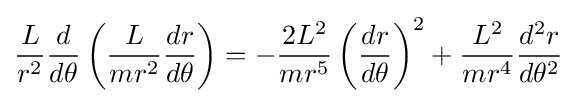
{\frac {L}{r^{2}}}{\frac {d}{d\theta }}\left({\frac {L}{mr^{2}}}{\frac {dr}{d\theta }}\right)=-{\frac {2L^{2}}{mr^{5}}}\left({\frac {dr}{d\theta }}\right)^{2}+{\frac {L^{2}}{mr^{4}}}{\frac {d^{2}r}{d\theta ^{2}}}